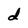
Character: d